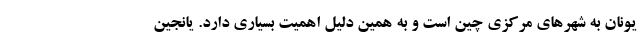
یونان به شهرهای مرکزی چین است و به همین دلیل اهمیت بسیاری دارد. یانجین